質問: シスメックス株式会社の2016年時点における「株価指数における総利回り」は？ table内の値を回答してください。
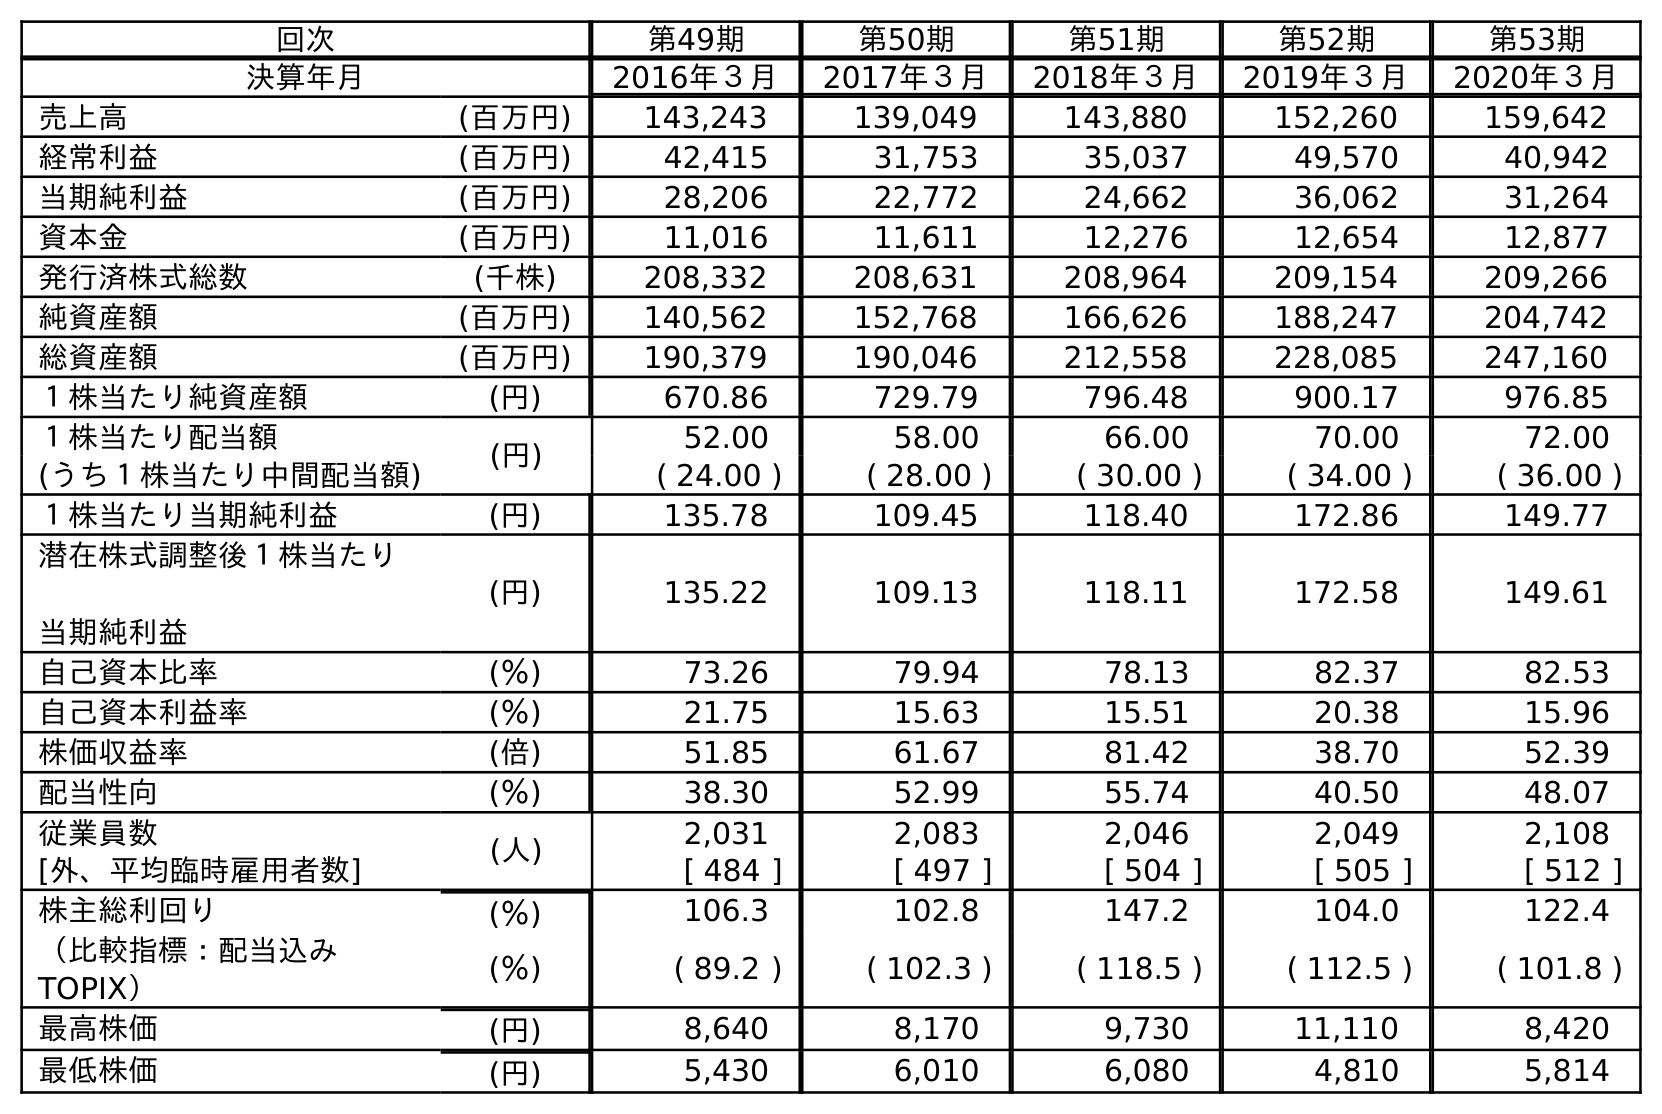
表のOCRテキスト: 回次 第49期 第50期 第51期 第52期 第53期 決算年月 2016年３月 2017年３月 2018年３月 2019年３月 2020年３月 売上高 (百万円) 143,243 139,049 143,880 152,260 159,642 経常利益 (百万円) 42,415 31,753 35,037 49,570 40,942 当期純利益 (百万円) 28,206 22,772 24,662 36,062 31,264 資本金 (百万円) 11,016 11,611 12,276 12,654 12,877 発行済株式総数 (千株) 208,332 208,631 208,964 209,154 209,266 純資産額 (百万円) 140,562 152,768 166,626 188,247 204,742 総資産額 (百万円) 190,379 190,046 212,558 228,085 247,160 １株当たり純資産額 (円) 670.86 729.79 796.48 900.17 976.85 １株当たり配当額 (円) 52.00 58.00 66.00 70.00 72.00 (うち１株当たり中間配当額) ( 24.00 ) ( 28.00 ) ( 30.00 ) ( 34.00 ) ( 36.00 ) １株当たり当期純利益 (円) 135.78 109.45 118.40 172.86 149.77 潜在株式調整後１株当たり 当期純利益 (円) 135.22 109.13 118.11 172.58 149.61 自己資本比率 (％) 73.26 79.94 78.13 82.37 82.53 自己資本利益率 (％) 21.75 15.63 15.51 20.38 15.96 株価収益率 (倍) 51.85 61.67 81.42 38.70 52.39 配当性向 (％) 38.30 52.99 55.74 40.50 48.07 従業員数 (人) 2,031 2,083 2,046 2,049 2,108 [外、平均臨時雇用者数] [ 484 ] [ 497 ] [ 504 ] [ 505 ] [ 512 ] 株主総利回り (％) 106.3 102.8 147.2 104.0 122.4 （比較指標：配当込み TOPIX） (％) ( 89.2 ) ( 102.3 ) ( 118.5 ) ( 112.5 ) ( 101.8 ) 最高株価 (円) 8,640 8,170 9,730 11,110 8,420 最低株価 (円) 5,430 6,010 6,080 4,810 5,814
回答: (89.2)